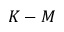
K - M